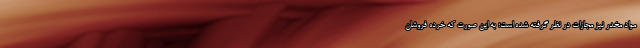
مواد مخدر نیز مجازات در نظر گرفته شده است؛ به این صورت که خرده فروشان